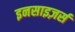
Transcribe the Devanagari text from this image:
इनसाइज़र्स